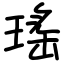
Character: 瑤